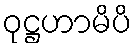
ဝုဋ္ဌဟာမိပိ